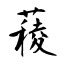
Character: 薐